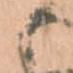
と